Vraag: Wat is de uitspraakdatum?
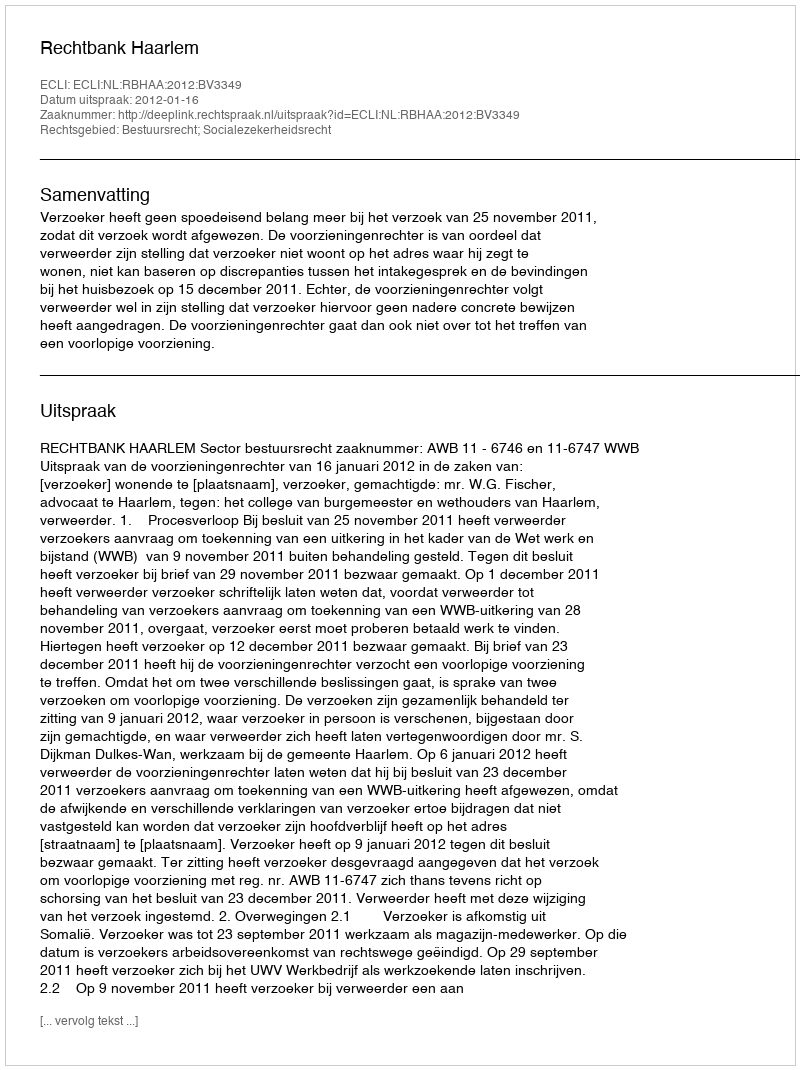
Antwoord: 2012-01-16